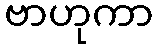
ဗာဟုကာ